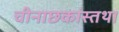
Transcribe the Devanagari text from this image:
चीनाछकांस्तथा